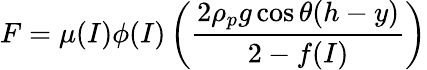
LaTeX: F=\mu(I)\phi(I)\left(\frac{2\rho_{p}g\cos\theta(h-y)}{2-f(I)}\right)